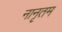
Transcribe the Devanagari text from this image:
नानृतम